Regulations for the medical services of the Army of India
Year: 1930
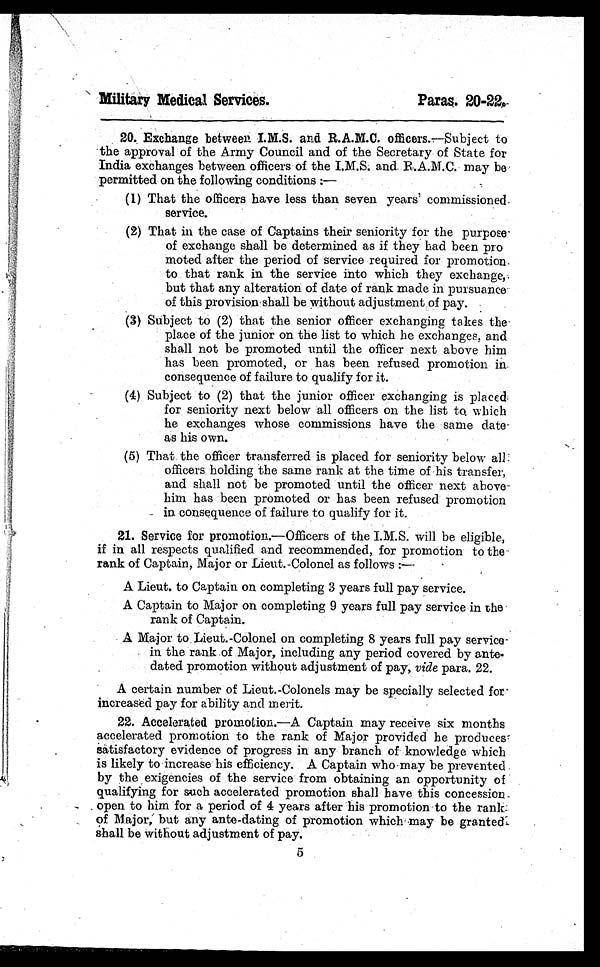
Military Medical Services.
Paras. 20-22.
20. Exchange between I.M.S. and R.A.M.C. officers. —Subject to
the approval of the Army Council and of the Secretary of State for
India exchanges between officers of the I.M.S. and. R.A.M.C. may be
permitted on the following conditions:
—
(1) That the officers have less than seven years' commissioned
service.
(2) That in the case of Captains their seniority for the purpose-
of exchange shall be determined as if they had been pro
moted after the period of service required for promotion
to that rank in the service into which they exchange,
but that any alteration of date of rank made in pursuance'
of this provision shall be without adjustment of pay.
(3) Subject to (2) that the senior officer exchanging takes the
place of the junior on the list to which he exchanges, and
shall not be promoted until the officer next above him
has been promoted, or has been refused promotion in
consequence of failure to qualify for it.
(4) Subject to (2) that the junior officer exchanging is placed
for seniority next below all officers on the list to which
he exchanges whose commissions have the same date
as his own.
(5) That the officer transferred is placed for seniority below all
officers holding the same rank at the time of his transfer,
and shall not be promoted until the officer next above-
him has been promoted or has been refused promotion
in consequence of failure to qualify for it.
21. Service for promotion.—Officers of the I.M.S. will be eligible,
if in all respects qualified and recommended, for promotion to the
rank of Captain, Major or Lieut.-Colonel as follows:—
A Lieut to Captain on completing 3 years full pay service.
•
A Captain to Major on completing 9 years full pay service in the
rank of Captain.
A Major to Lieut.-Colonel on completing 8 years full pay service
in the rank of Major, including any period covered by ante
- d a t e d p r o m o t i o n w i t h o u t a d j u s t m e n t o f p a y ,v
i d e
p a r a . 2 2 .
A certain number of Lieut.-Colonels may be specially selected for
increased pay for ability and merit.
22. Accelerated promotion. —A Captain may receive six months
accelerated promotion to the rank of Major provided he produces
satisfactory evidence of progress in any branch of knowledge which
is likely to increase his efficiency. A Captain who may be prevented
by the exigencies of the service from obtaining an opportunity of
qualifying for such accelerated promotion shall have this concession
open to him for a period of 4 years after his promotion to the rank
of Major, but any ante-dating of promotion which may be granted
shall be without adjustment of pay.
5